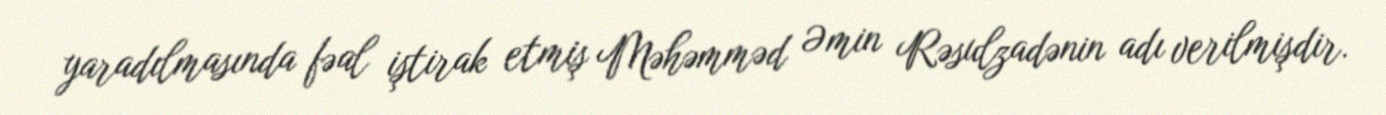
yaradılmasında fəal iştirak etmiş Məhəmməd Əmin Rəsulzadənin adı verilmişdir.